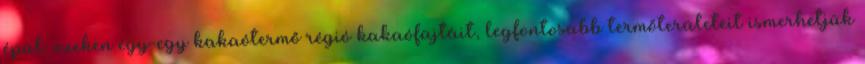
épül: ezeken egy-egy kakaótermő régió kakaófajtáit, legfontosabb termőterületeit ismerhetjük